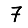
Digit: 7